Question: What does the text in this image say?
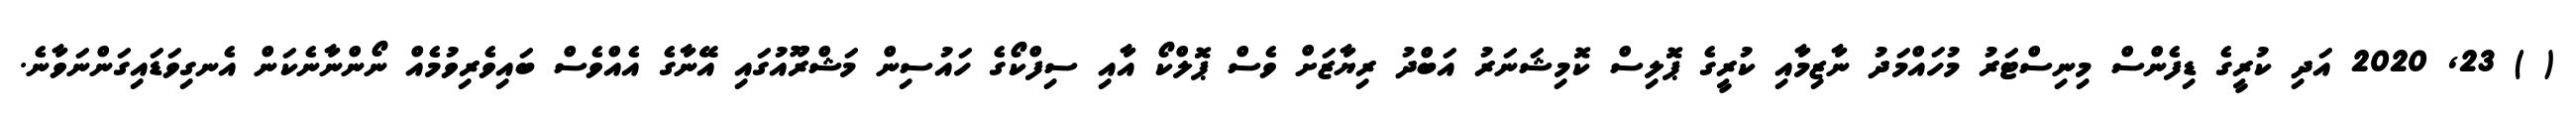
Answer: ( ) 23, 2020 އަދި ކުރީގެ ޑިފެންސް މިނިސްޓަރު މުހައްމަދު ނާޒިމާއި ކުރީގެ ޕޮލިސް ކޮމިޝަނަރު އަބްދު ރިޔާޒަށް ވެސް ޕޮލްކޯ އާއި ސިފްކޯގެ ހައުސިން މަޝްރޫއުގައި އޭނާގެ އެއްވެސް ބައިވެރިވުމެއް ނޯންނާނެކަން އެނގިވަޑައިގަންނަވާނެ.